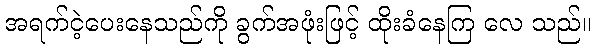
အရက်ငဲ့ပေးနေသည်ကို ခွက်အဖုံးဖြင့် ထိုးခံနေကြ လေ သည်။